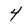
Character: 4